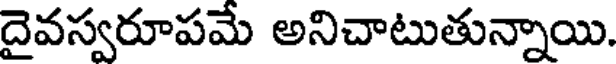
దైవస్వరూపమే అనిచాటుతున్నాయి.